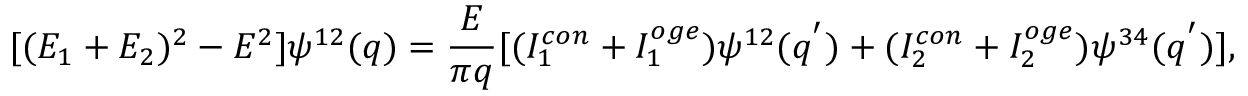
[ ( E _ { 1 } + E _ { 2 } ) ^ { 2 } - E ^ { 2 } ] \psi ^ { 1 2 } ( q ) = { \frac { E } { \pi q } } [ ( I _ { 1 } ^ { c o n } + I _ { 1 } ^ { o g e } ) \psi ^ { 1 2 } ( q ^ { ' } ) + ( I _ { 2 } ^ { c o n } + I _ { 2 } ^ { o g e } ) \psi ^ { 3 4 } ( q ^ { ' } ) ] ,